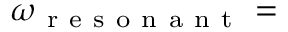
\omega _ { \mathrm { ~ r ~ e ~ s ~ o ~ n ~ a ~ n ~ t ~ } } =